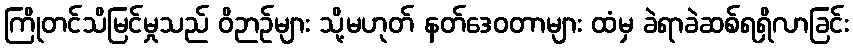
ကြိုတင်သိမြင်မှုသည် ဝိဉာဉ်များ သို့မဟုတ် နတ်ဒေဝတာများ ထံမှ ခဲရာခဲဆစ်ရရှိလာခြင်း